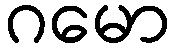
ဂမော